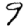
Digit: 9